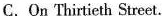
C. On Thirtieth Street.